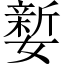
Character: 㜪